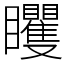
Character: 䂄